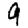
Digit: 9